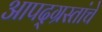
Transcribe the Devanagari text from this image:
आपद्ग्रस्तांचे